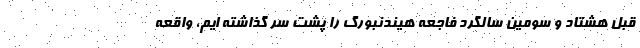
قبل هشتاد و سومین سالگرد فاجعه هیندنبورگ را پشت سر گذاشته ایم، واقعه